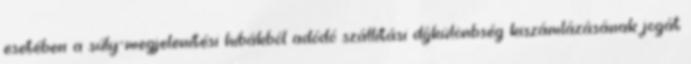
esetében a súly-megjelenítési hibákból adódó szállítási díjkülönbség kiszámlázásának jogát